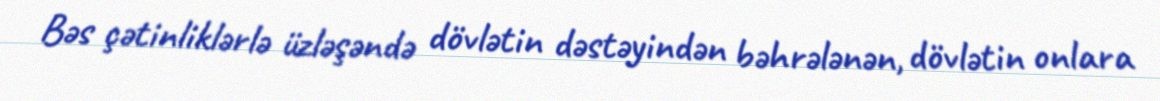
Bəs çətinliklərlə üzləşəndə dövlətin dəstəyindən bəhrələnən, dövlətin onlara